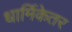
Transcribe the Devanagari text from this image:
धार्मिकेतर